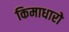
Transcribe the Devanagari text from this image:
किमाधारो